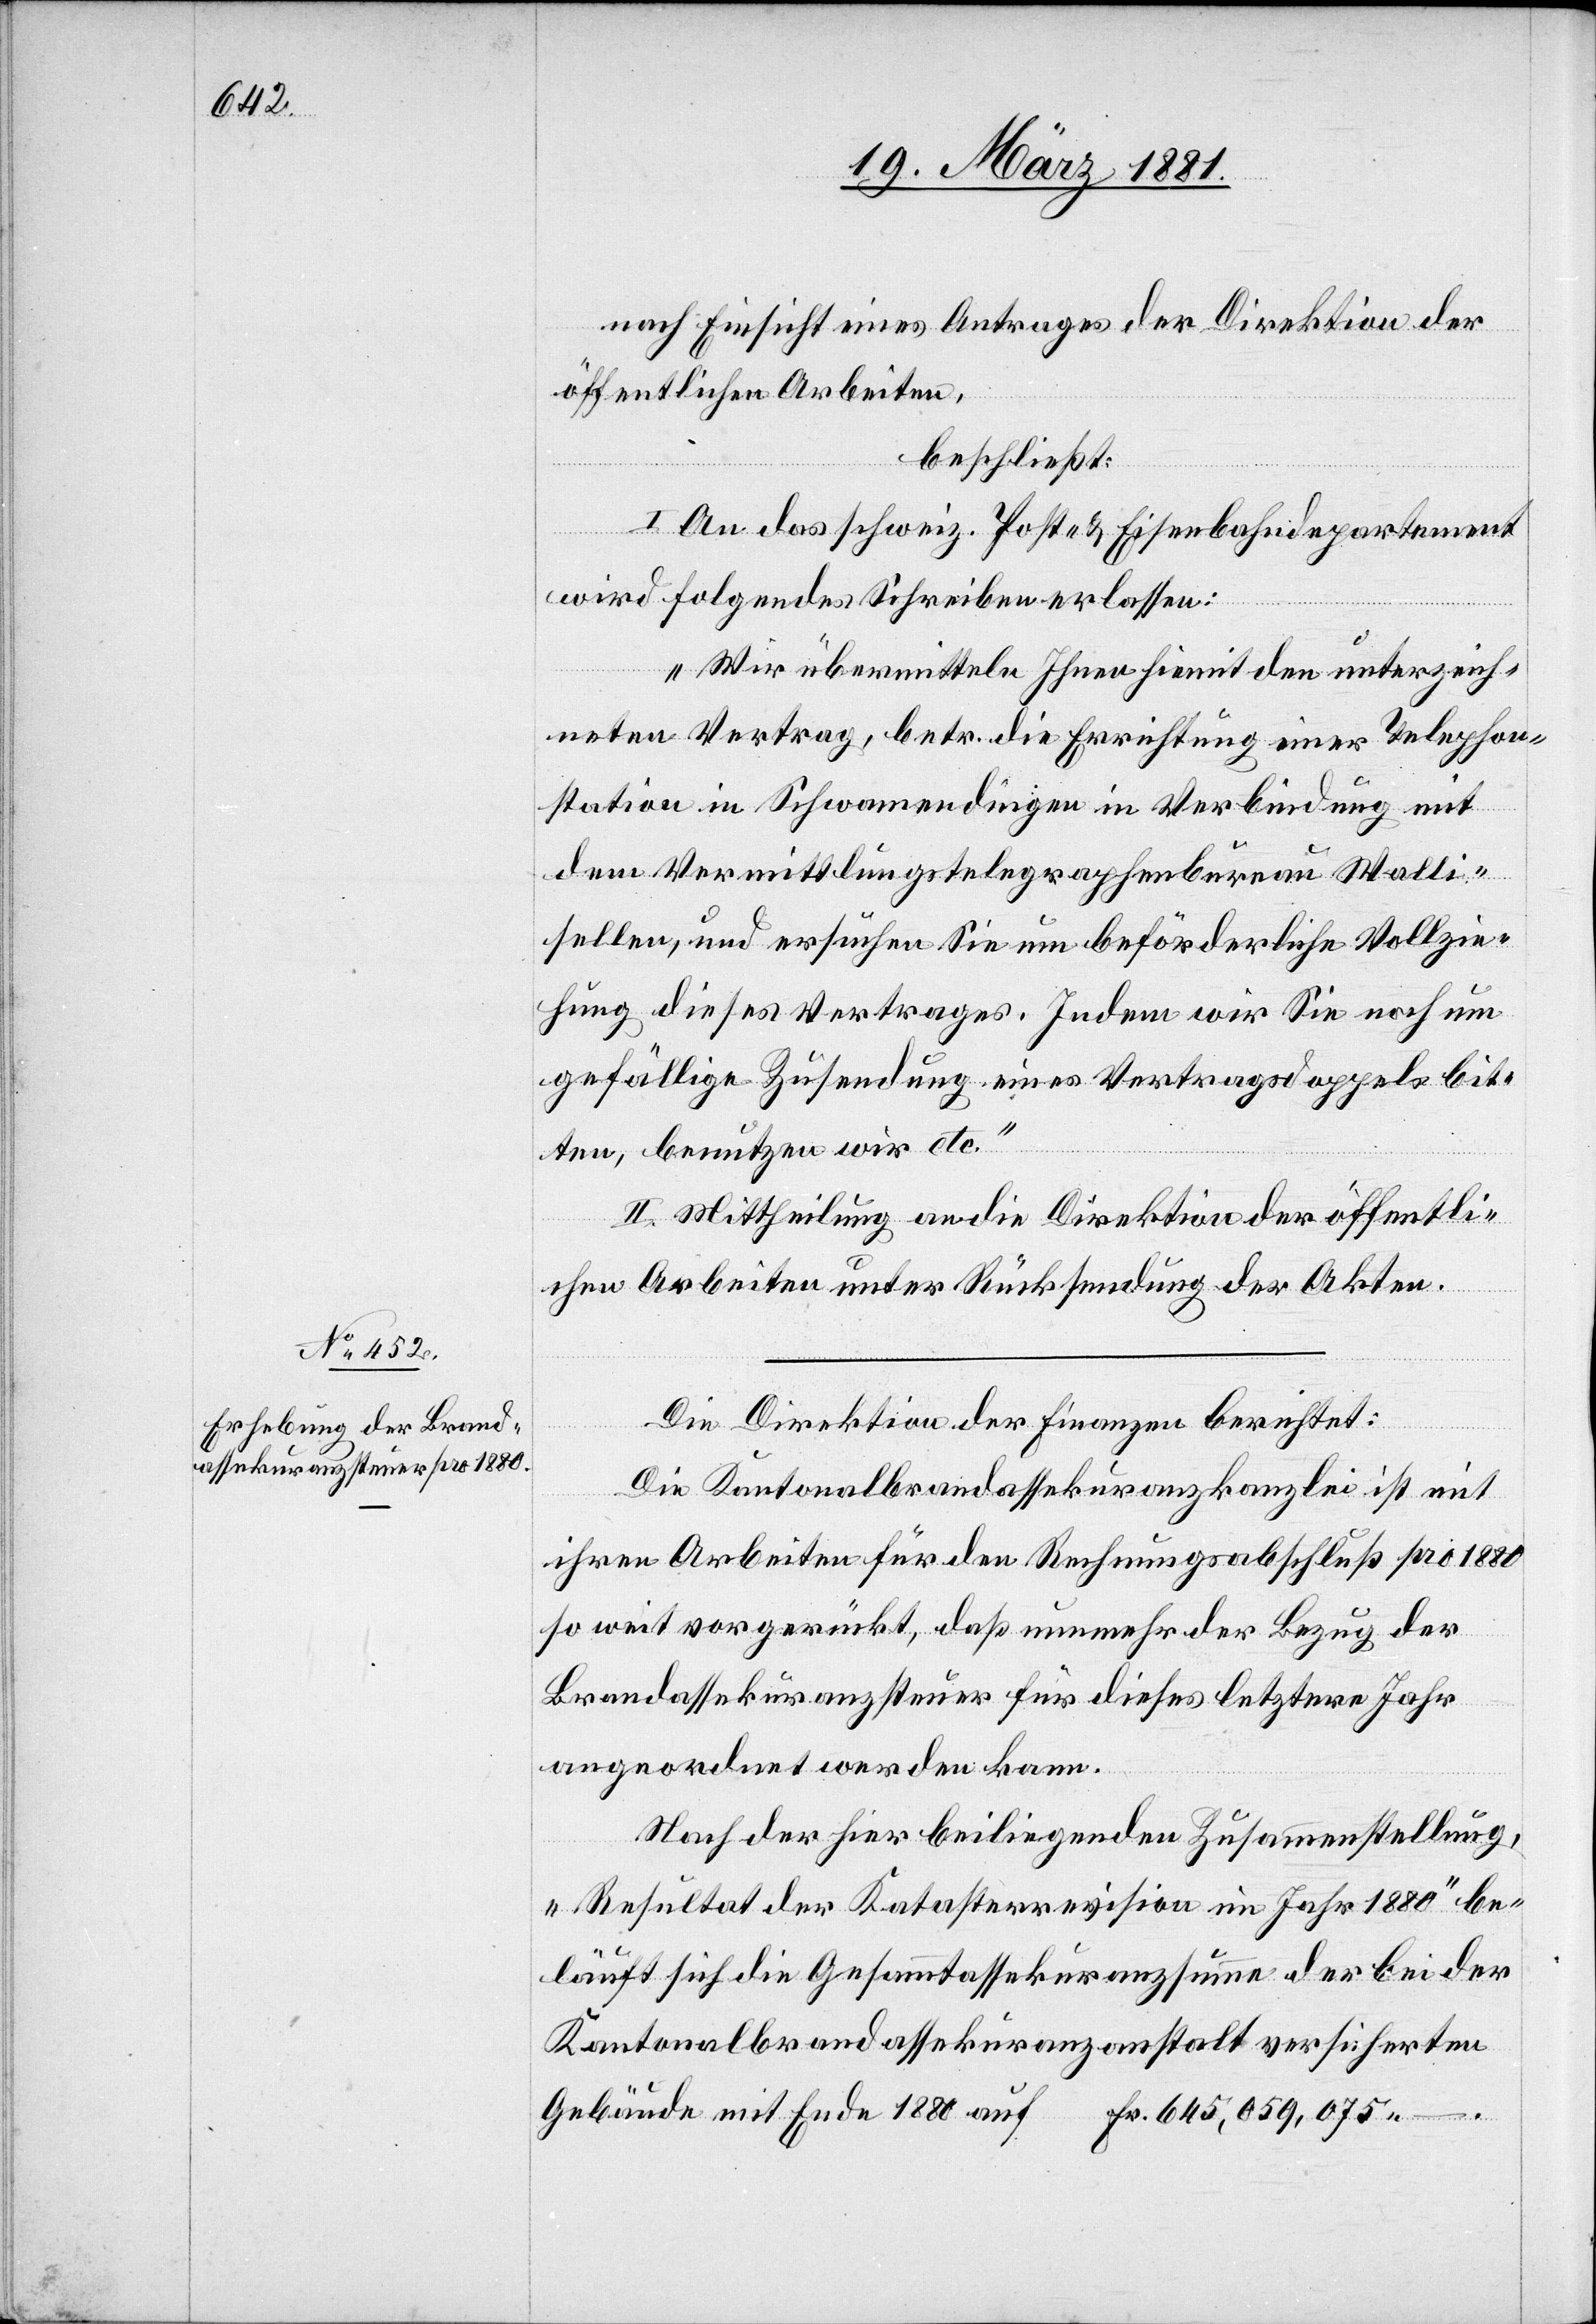
nach Einsicht eines Antrages der Direktion der
öffentlichen Arbeiten,
beschließt:
I. An das schweiz. Post- & Eisenbahndepartement
wird folgendes Schreiben erlassen:
„Wir übermitteln Ihnen hiemit den unterzeich¬
neten Vertrag, betr. die Errichtung einer Telephon¬
station in Schwamendingen in Verbindung mit
dem Vermittlungstelegraphenbureau Walli¬
sellen, und ersuchen Sie um beförderliche Vollzie¬
hung dieses Vertrages. indem wir Sie noch um
gefällige Zusendung eines Vertragsdoppels bit¬
ten, benutzen wir etc.“
„Mittheilung an die Direktion der öffentli¬
chen Arbeiten unter Rücksendung der Akten.
Die Direktion der Finanzen berichtet:
Die Kantonalbrandassekuranzkanzlei ist mit
ihren Arbeiten für den Rechnungsabschluß pro 1880
so weit vorgerückt, daß nunmehr der Bezug der
Brandassekuranzsteuer für dieses letztere Jahr
angeordnet werden kann.
Nach der hier beiliegenden Zusammenstellung,
„Resultat der Katasterrevision im Jahr 1880“ be¬
läuft sich die Gesammtassekuranzsumme der bei der
Kantonalbrandassekuranzanstalt versicherten
Gebäude mit Ende 1880 auf Fr. 645,059,075 –.